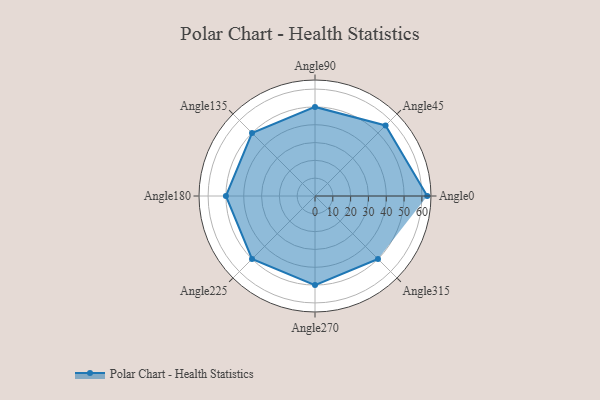
{"axis": {"x": "Angle", "y": "Radius"}, "legend": [""], "data": [{"x": "Angle0", "y": 63.0, "type": ""}, {"x": "Angle45", "y": 56.0, "type": ""}, {"x": "Angle90", "y": 50, "type": ""}, {"x": "Angle135", "y": 50, "type": ""}, {"x": "Angle180", "y": 50, "type": ""}, {"x": "Angle225", "y": 50, "type": ""}, {"x": "Angle270", "y": 50, "type": ""}, {"x": "Angle315", "y": 50, "type": ""}]}